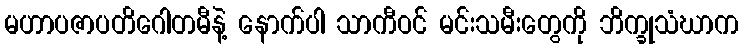
မဟာပဇာပတိဂေါတမီနဲ့ နောက်ပါ သာကီဝင် မင်းသမီးတွေကို ဘိက္ခုသံဃာက